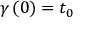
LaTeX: \gamma \left( 0 \right) = t _ { 0 }